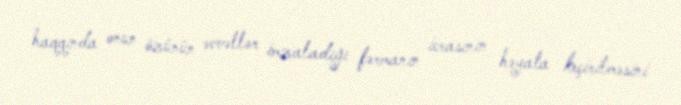
haqqında onun özünün əvvəllər imzaladığı fərmanın icrasının həyata keçirilməsini